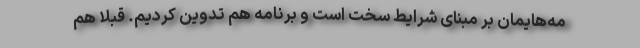
مه‌هایمان بر مبنای شرایط سخت است و برنامه هم تدوین کردیم. قبلاً هم